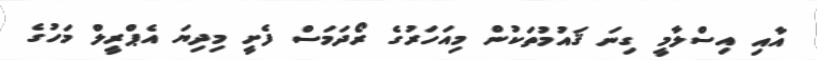
އާއި އިސްލާމީ ގިނަ ޤައުމުތަކުން މިއަހަރުގެ ރޯދަމަސް ފެށީ މިދިޔަ އެޕްރީލް މަހުގެ